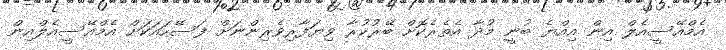
އެމްއޭސީއެލް އިން އިއްޔެ ބުނީ މުދާ އެތެރެކޮށް ބޭރުކުރާ ވިޔަފާރިވެރިންނަށް ފަސޭހައަކަށް އެމްއޭސީއެލްއިން